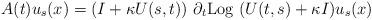
LaTeX: \begin{align*} \begin{array}{ll} A(t) u_s(x) = (I+ \kappa U(s,t))~ \partial_{t} {\rm Log} ~ (U(t,s) + \kappa I) u_s(x)\end{array} \end{align*}